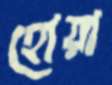
হোয়া